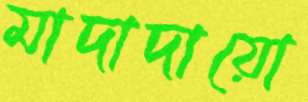
মাদাদায়ো